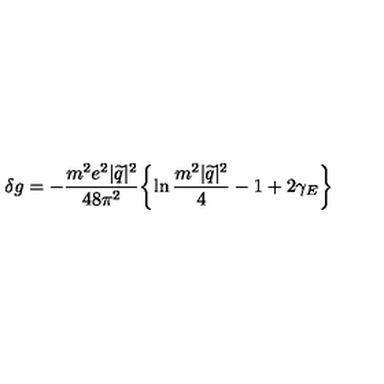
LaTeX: \delta g = - \frac { m ^ { 2 } e ^ { 2 } | \widetilde { q } | ^ { 2 } } { 4 8 \pi ^ { 2 } } \biggl \{ \ln \frac { m ^ { 2 } | \widetilde { q } | ^ { 2 } } { 4 } - 1 + 2 \gamma _ { E } \biggr \}